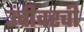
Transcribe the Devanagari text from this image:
उंचीवरची